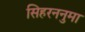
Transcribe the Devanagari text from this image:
सिहरननुमा